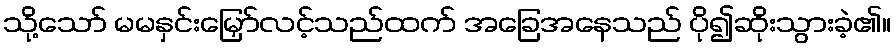
သို့သော် မမနှင်းမြှော်လင့်သည်ထက် အခြေအနေသည် ပို၍ဆိုးသွားခဲ့၏။